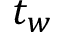
t _ { w }